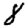
Digit: 8